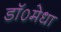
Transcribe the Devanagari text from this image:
डॉ०मेधा